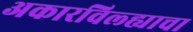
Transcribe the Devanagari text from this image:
अकारविल्ह्याचा